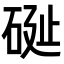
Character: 𥒔